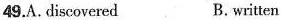
49.A.discovered B.written